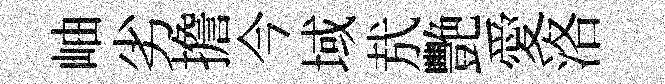
岫劣擔今域㢤艷愛洛